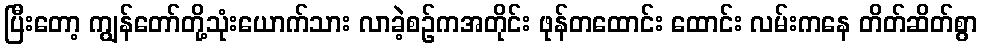
ပြီးတော့ ကျွန်တော်တို့သုံးယောက်သား လာခဲ့စဉ်ကအတိုင်း ဖုန်တထောင်း ထောင်း လမ်းကနေ တိတ်ဆိတ်စွာ